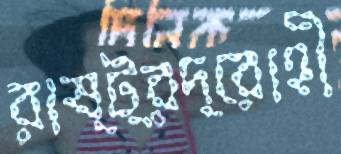
রাষ্ট্রদ্রোহী